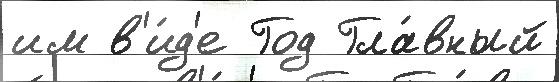
им в'и́д'е Год Гла́вный